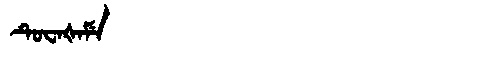
Manchu: ᡨᡠᠸᠠᡧᠠᠮᡝ
Romanization: TUWAŠAME